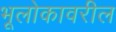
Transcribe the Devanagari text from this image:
भूलोकावरील